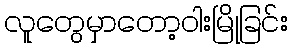
လူတွေမှာတော့ဝါးမြိုခြင်း